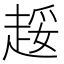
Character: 𲃍